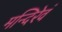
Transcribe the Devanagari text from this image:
मन्दिरेवं